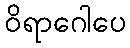
ဝိရာဂေါပေ